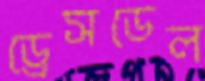
ড্রেসডেল